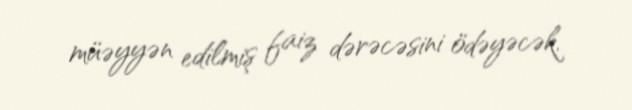
müəyyən edilmiş faiz dərəcəsini ödəyəcək.